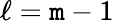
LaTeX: \ell=\mathtt{m}-1